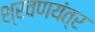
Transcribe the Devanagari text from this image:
श्रवणयंत्र